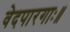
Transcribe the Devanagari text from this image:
वेदपारगाः॥